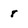
Character: 8